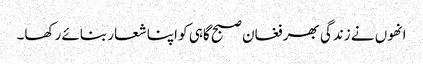
انھوں نے زندگی بھر فغان صبح گاہی کو اپنا شعار بنائے رکھا۔